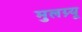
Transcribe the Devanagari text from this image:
मुलग्र्यू